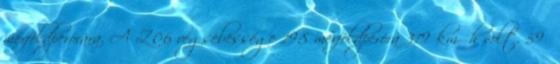
mérföldperórára. A Z06 végsebessége 198 mérföldperóra 319 km h volt. 59